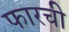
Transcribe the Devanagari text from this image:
फारची